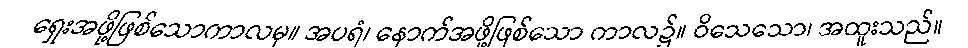
ရှေးအဖို့ဖြစ်သောကာလမှ။ အပရံ၊ နောက်အဖို့ဖြစ်သော ကာလ၌။ ဝိသေသော၊ အထူးသည်။